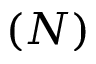
( N )